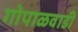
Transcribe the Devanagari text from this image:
गोपाळवाडी